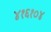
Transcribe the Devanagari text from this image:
४१६१०४